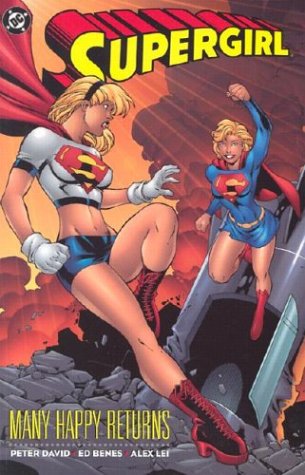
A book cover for Supergirl: Many Happy Returns; Peter David; Comics & Graphic Novels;